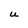
Character: U